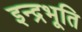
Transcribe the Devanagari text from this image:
इन्द्रभूति